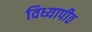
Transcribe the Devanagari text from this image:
विध्यापीठ